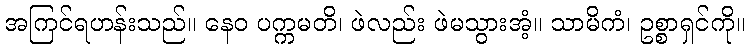
အကြင်ရဟန်းသည်။ နေဝ ပက္ကမတိ၊ ဖဲလည်း ဖဲမသွားအံ့။ သာမိကံ၊ ဥစ္စာရှင်ကို။